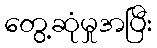
တွေ့ဆုံမှုအပြီး